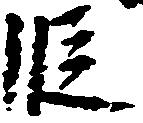
段